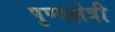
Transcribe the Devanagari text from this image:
पुण्यक्षेत्री